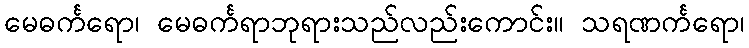
မေဓင်္ကရော၊ မေဓင်္ကရာဘုရားသည်လည်းကောင်း။ သရဏင်္ကရော၊